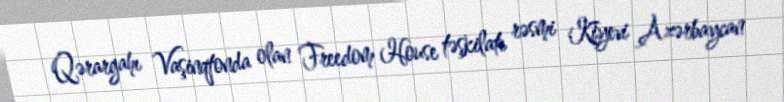
Qərargahı Vaşinqtonda olan Freedom House təşkilatı rəsmi Kiyevi Azərbaycan